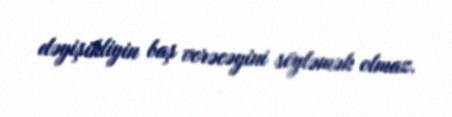
dəyişikliyin baş verəcəyini söyləmək olmaz.